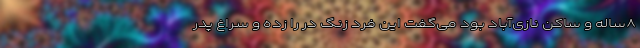
۸ساله و ساکن نازی‌آباد بود می‌گفت این فرد زنگ در را زده و سراغ پدر